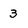
Character: 3